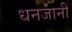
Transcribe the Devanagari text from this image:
धनजानी